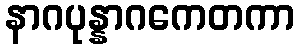
နာဂပုန္နာဂကေတကာ